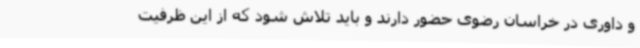
و داوری در خراسان رضوی حضور دارند و باید تلاش شود که از این ظرفیت